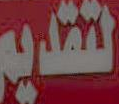
لتقديم